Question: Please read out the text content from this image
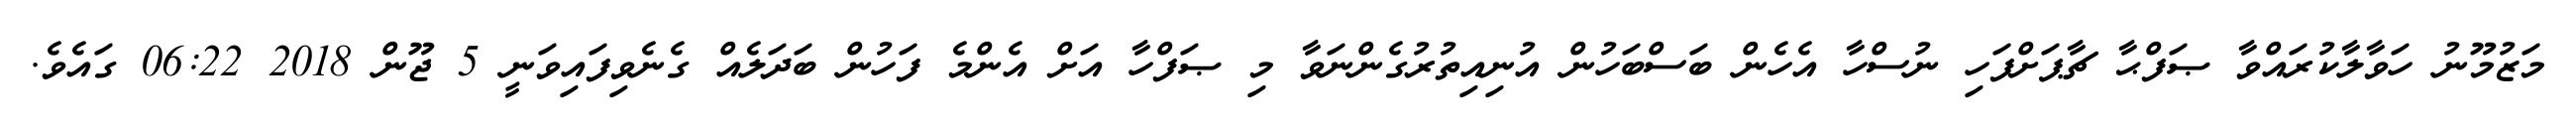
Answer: މަޒުމޫނު ހަވާލާކުރައްވާ ޞަފްޙާ ޗާޕަށްފަހި ނުސްހާ އެހެން ބަސްބަހުން އުނިއިތުރުގެންނަވާ މި ޞަފްހާ އަށް އެންމެ ފަހުން ބަދަލެއް ގެނެވިފައިވަނީ 5 ޖޫން 2018 06:22 ގައެވެ.